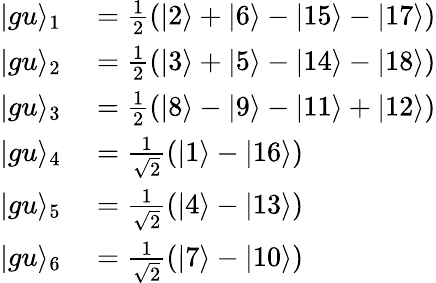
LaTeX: \begin{array}{rl}{\vert gu\rangle_{1}}&{{}=\frac{1}{2}(\vert 2\rangle+\vert 6\rangle-\vert 15\rangle-\vert 17\rangle)}\\ {\vert gu\rangle_{2}}&{{}=\frac{1}{2}(\vert 3\rangle+\vert 5\rangle-\vert 14\rangle-\vert 18\rangle)}\\ {\vert gu\rangle_{3}}&{{}=\frac{1}{2}(\vert 8\rangle-\vert 9\rangle-\vert 11\rangle+\vert 12\rangle)}\\ {\vert gu\rangle_{4}}&{{}=\frac{1}{\sqrt{2}}(\vert 1\rangle-\vert 16\rangle)}\\ {\vert gu\rangle_{5}}&{{}=\frac{1}{\sqrt{2}}(\vert 4\rangle-\vert 13\rangle)}\\ {\vert gu\rangle_{6}}&{{}=\frac{1}{\sqrt{2}}(\vert 7\rangle-\vert 10\rangle)}\end{array}